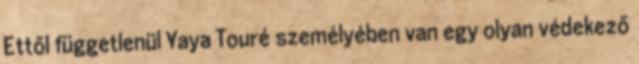
Ettől függetlenül Yaya Touré személyében van egy olyan védekező